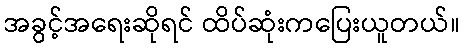
အခွင့်အရေးဆိုရင် ထိပ်ဆုံးကပြေးယူတယ်။